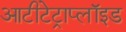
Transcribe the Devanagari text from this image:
आटीटेट्राप्लॉइड